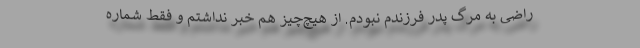
راضی به مرگ پدر فرزندم نبودم. از هیچ‌چیز هم خبر نداشتم و فقط شماره